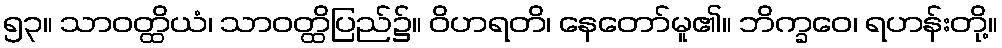
၅၃။ သာဝတ္ထိယံ၊ သာဝတ္ထိပြည်၌။ ဝိဟရတိ၊ နေတော်မူ၏။ ဘိက္ခဝေ၊ ရဟန်းတို့။